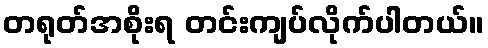
တရုတ်အစိုးရ တင်းကျပ်လိုက်ပါတယ်။